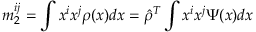
m _ { 2 } ^ { i j } = \int x ^ { i } x ^ { j } \rho ( x ) d x = \hat { \rho } ^ { T } \int x ^ { i } x ^ { j } \Psi ( x ) d x